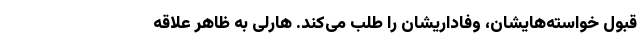
قبول خواسته‌هایشان، وفاداریشان را طلب می‌کند. هارلی به ظاهر علاقه